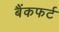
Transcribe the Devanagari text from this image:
बैंकफर्ट